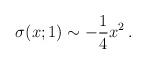
LaTeX: \begin{align*}\sigma(x;1)\sim -{1\over 4} x^2\, .\end{align*}